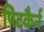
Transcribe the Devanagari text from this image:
पिटकैर्न